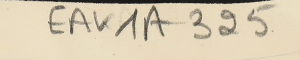
EAK1A - 325